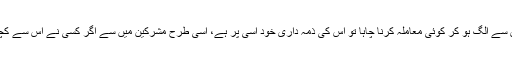
اب اگر مسلمانوں میں سے کسی نے ان مشرکین کے ساتھ اس سے الگ ہو کر کوئی معاملہ کرنا چاہا تو اس کی ذمہ داری خود اسی پر ہے، اسی طرح مشرکین میں سے اگر کسی نے اس سے کچھ الگ امید باندھی تو اس کی ذمہ داری بھی خود اسی پر ہے۔